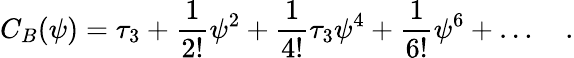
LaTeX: C_{B}(\psi)=\tau_{3}+{\frac{1}{2!}}\psi^{2}+{\frac{1}{4!}}\tau_{3}\psi^{4}+{\frac{1}{6!}}\psi^{6}+\ldots\quad.